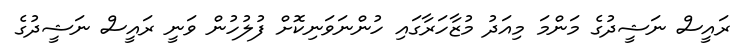
ރައީސް ނަޝީދުގެ މަންމަ މިއަދު މުޒާހަރާގައި ހުންނަވަނިކޮށް ފުލުހުން ވަނީ ރައީސް ނަޝީދުގެ